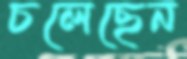
চলেছেন